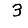
Digit: 3